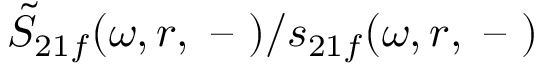
\tilde { S } _ { 2 1 f } ( \omega , r , \textrm { -- } ) / s _ { 2 1 f } ( \omega , r , \textrm { -- } )